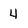
Character: 4